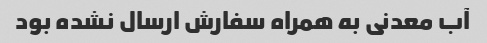
آب معدنی به همراه سفارش ارسال نشده بود